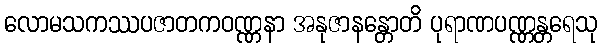
လောမသကဿပဇာတကဝဏ္ဏနာ အနုဇာနန္တောတိ ပုရာဏပဏ္ဏန္တရေသု